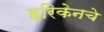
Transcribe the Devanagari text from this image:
हरिकेनचे